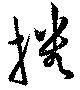
播